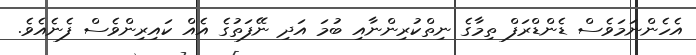
އެހެންނަމަވެސް ޑެންޑްރަފް ތިމާގެ ނިތްކުރިންނާއި ބުމަ އަދި ނޭފަތުގެ އެއް ކައިރިންވެސް ފެނެއެވެ.